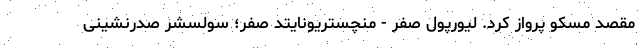
مقصد مسکو پرواز کرد. لیورپول صفر - منچستریونایتد صفر؛ سولسشر صدرنشینی